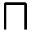
\sqcap